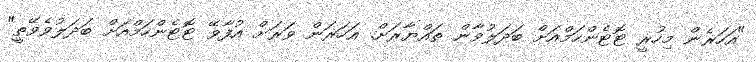
"އަހަރެން މިހުރީ ޓޮޓެންހަމްއަށް ބަދަލުވާން ތައްޔާރަށް. އަހަރަން ވަރަށް އުފާވޭ ޓޮޓެންހަމްއަށް ބަދަލުވެވޭތީ"